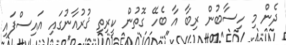
ދެން މި ހިސާބުން ރިބާ އާ ބެހޭ ގޮތުން ކީރިތި ޤުރުއާނުގައި އައިސްފައި